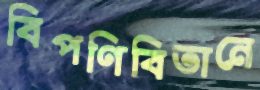
বিপণিবিতানে